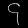
Digit: ၄